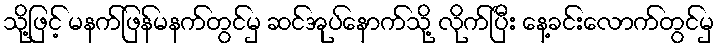
သို့ဖြင့် မနက်ဖြန်မနက်တွင်မှ ဆင်အုပ်နောက်သို့ လိုက်ပြီး နေ့ခင်းလောက်တွင်မှ